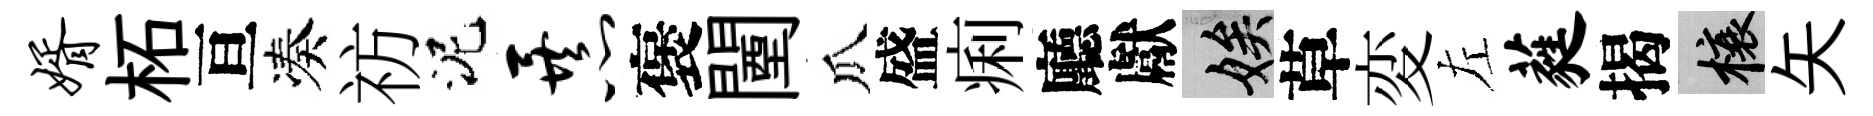
婿柘亘凑祊泥暴褒闉瓜盛痢廳獻娭草変左蕤揭榱矢